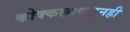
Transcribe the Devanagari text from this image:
कोक्कलाकडूनही